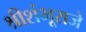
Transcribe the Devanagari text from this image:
श्रीशंभूराजे